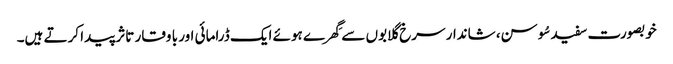
خوبصورت سفید سُوسن، شاندار سرخ گلابوں سے گِھرے ہوئے ایک ڈرامائی اور با وقار تاثر پیدا کرتے ہیں۔